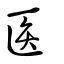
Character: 匥